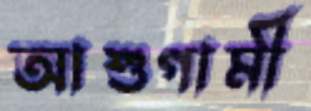
আশুগামী